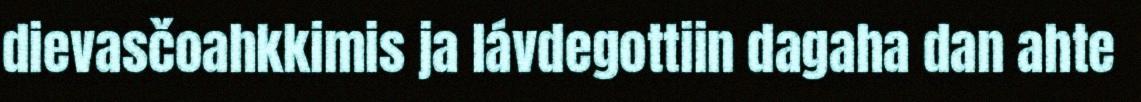
dievasčoahkkimis ja lávdegottiin dagaha dan ahte